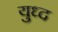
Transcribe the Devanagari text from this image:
युध्‍द